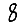
Digit: 8